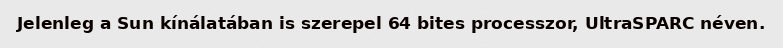
Jelenleg a Sun kínálatában is szerepel 64 bites processzor, UltraSPARC néven.